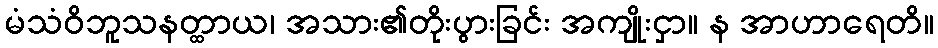
မံသံဝိဘူသနတ္ထာယ၊ အသား၏တိုးပွားခြင်း အကျိုးငှာ။ န အာဟာရေတိ။